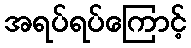
အရပ်ရပ်ကြောင့်